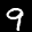
Label: 9